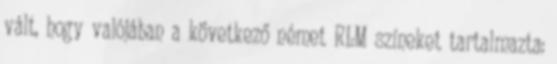
vált, hogy valójában a következő német RLM színeket tartalmazta: